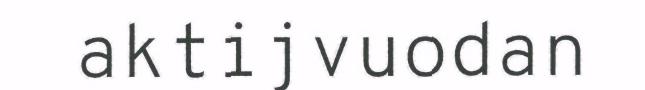
aktijvuodan